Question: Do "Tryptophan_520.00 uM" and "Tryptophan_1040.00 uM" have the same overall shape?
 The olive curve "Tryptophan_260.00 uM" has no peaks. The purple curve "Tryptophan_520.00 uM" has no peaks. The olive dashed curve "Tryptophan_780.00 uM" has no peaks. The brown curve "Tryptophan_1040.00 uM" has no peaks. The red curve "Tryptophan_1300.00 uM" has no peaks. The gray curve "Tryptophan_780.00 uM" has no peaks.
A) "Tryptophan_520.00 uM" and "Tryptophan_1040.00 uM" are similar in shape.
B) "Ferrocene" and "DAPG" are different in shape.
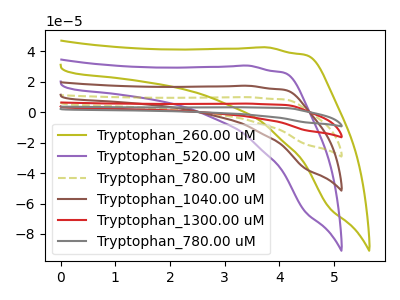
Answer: <think>Neither "Tryptophan_520.00 uM" or "Tryptophan_1040.00 uM" have any peaks.
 </think>
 <answer>A) "Tryptophan_520.00 uM" and "Tryptophan_1040.00 uM" are similar in shape.</answer>
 <eval>A</eval>